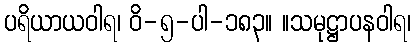
ပရိယာယဝါရ၊ ဝိ-၅-ပါ-၁၈၃။ ။သမုဋ္ဌာပနဝါရ၊